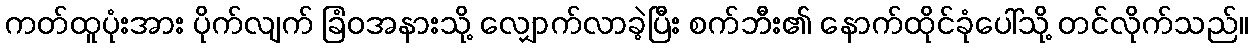
ကတ်ထူပုံးအား ပိုက်လျက် ခြံဝအနားသို့ လျှောက်လာခဲ့ပြီး စက်ဘီး၏ နောက်ထိုင်ခုံပေါ်သို့ တင်လိုက်သည်။